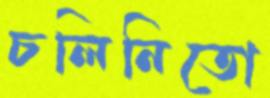
চলিনিতো